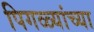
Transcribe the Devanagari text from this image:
पिगळ्यांच्या